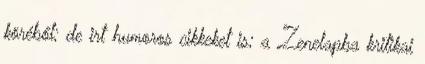
köréből; de irt humoros cikkeket is; a Zenelapba kritikai